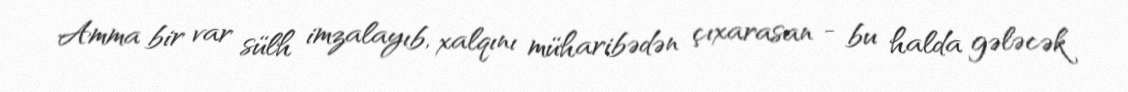
Amma bir var sülh imzalayıb, xalqını müharibədən çıxarasan - bu halda gələcək